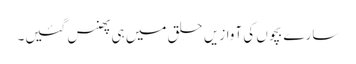
سارے بچوں کی آوازیں حلق میں ہی پھنس گئیں۔